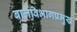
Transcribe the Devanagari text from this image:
बालविभागप्रमुख